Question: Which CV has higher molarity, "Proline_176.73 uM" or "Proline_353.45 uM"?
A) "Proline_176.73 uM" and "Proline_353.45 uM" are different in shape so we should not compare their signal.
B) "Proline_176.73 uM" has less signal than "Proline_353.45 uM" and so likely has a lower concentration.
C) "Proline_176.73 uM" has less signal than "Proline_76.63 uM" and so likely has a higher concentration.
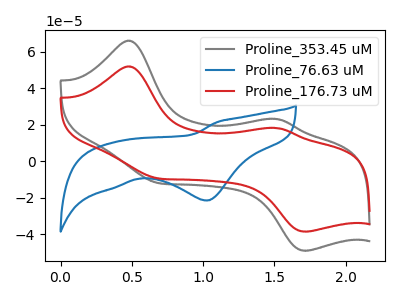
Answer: <think>The gray curve "Proline_353.45 uM" has anodic peaks at (0.45V, 66.00uA) (1.50V, 23.15uA) and cathodic peaks at (0.65V, -11.70uA) (1.70V, -48.95uA). The blue curve "Proline_76.63 uM" has a cathodic peak at: (1.05V, -21.45uA). The red curve "Proline_176.73 uM" has anodic peaks at (0.45V, 51.90uA) (1.50V, 18.20uA) and cathodic peaks at (0.65V, -9.20uA) (1.70V, -38.50uA).
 All the peaks in "Proline_176.73 uM" have a peak in "Proline_353.45 uM" at the same potential. Every peak in "Proline_176.73 uM" is lower than every peak in "Proline_353.45 uM".</think>
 <answer>B) "Proline_176.73 uM" has less signal than "Proline_353.45 uM" and so likely has a lower concentration.</answer>
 <eval>B</eval>